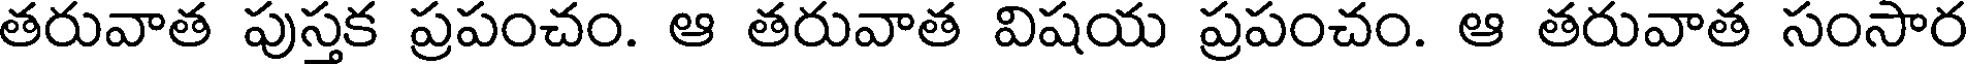
తరువాత పుస్తక ప్రపంచం. ఆ తరువాత విషయ ప్రపంచం. ఆ తరువాత సంసార